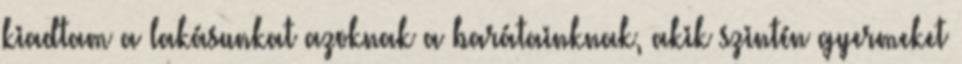
kiadtam a lakásunkat azoknak a barátainknak, akik szintén gyermeket